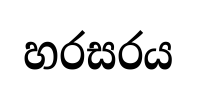
හරසරය